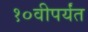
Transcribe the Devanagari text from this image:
१०वीपर्यंत